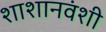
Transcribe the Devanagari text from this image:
शाशानवंशी